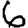
Digit: 6